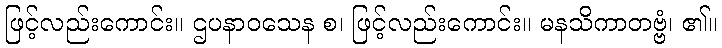
ဖြင့်လည်းကောင်း။ ဌပနာဝသေန စ၊ ဖြင့်လည်းကောင်း။ မနသိကာတဗ္ဗံ၊ ၏။